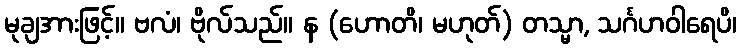
မုချအားဖြင့်။ ဗလံ၊ ဗိုလ်သည်။ န (ဟောတိ၊ မဟုတ်) တသ္မာ, သင်္ဂဟဝါရေပိ၊